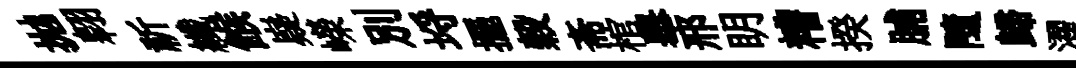
拋翱祈纖餱嶷嶸别埓擺穀斋棺舉邢眀糟揆脯隨歸濯